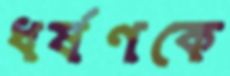
ধর্ষণকে